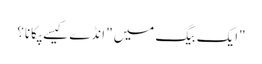
"ایک بیگ میں" انڈے کیسے پکانا؟